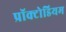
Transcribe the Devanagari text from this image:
प्रॉक्टोडियम